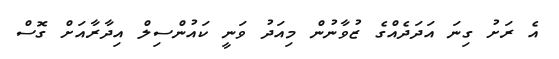
އެ ރަށު ގިނަ އަދަދެއްގެ ޒުވާނުން މިއަދު ވަނީ ކައުންސިލް އިދާރާއަށް ގޮސް